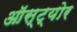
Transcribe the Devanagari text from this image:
ऑस्ट्योर